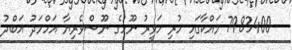
7983400 މައްކާގައި ހުރި ހަވީރު ނޫހުގެ ނޫސްވެރިޔާ އަހްމަދު އަބްދު